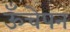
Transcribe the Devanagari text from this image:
ऊँचेपन